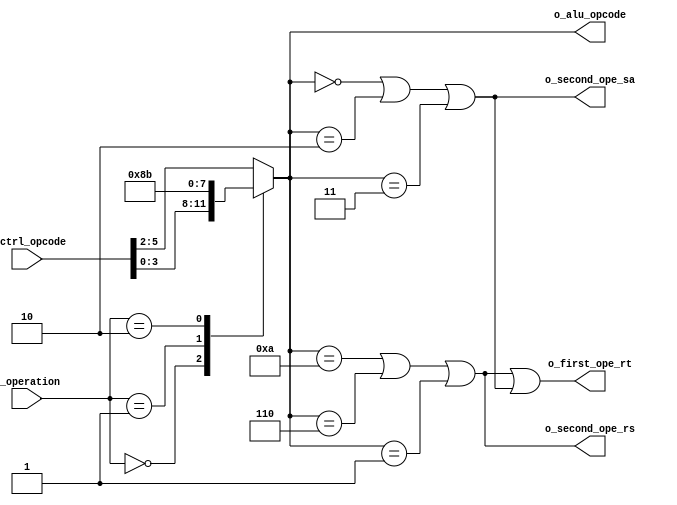
`timescale 1ns/100ps

module alu_control
#(
    parameter                                           NB_DATA                 = 32,
    parameter                                           NB_ADDR                 = $clog2(NB_DATA), 
    parameter                                           NB_CTRL_OPCODE          = 6,
    parameter                                           NB_ALU_OPCODE           = 4,
    parameter                                           NB_ALU_OP_SEL           = 2
)
(
    //Outputs
    output  wire                                        o_second_ope_sa,
    output  wire                                        o_second_ope_rs,
    output  wire                                        o_first_ope_rt,
    output  wire            [NB_ALU_OPCODE-1    : 0]    o_alu_opcode,

    //Inputs
    input   wire            [NB_CTRL_OPCODE-1   : 0]    i_ctrl_opcode,
    input   wire            [NB_ALU_OP_SEL-1    : 0]    i_operation
);

    /*                                              Localparameters                                                 */
    localparam                                          CTRL_SLL        = 6'b000000;
    localparam                                          CTRL_SRL        = 6'b000010;   
    localparam                                          CTRL_SRA        = 6'b000011;
    localparam                                          CTRL_SLLV       = 6'b001010;
    localparam                                          CTRL_SRLV       = 6'b000110;
    localparam                                          CTRL_SRAV       = 6'b000001;
    localparam                                          CTRL_ADD        = 6'b111000;
    localparam                                          CTRL_SUB        = 6'b001011;
    localparam                                          CTRL_AND        = 6'b111100;
    localparam                                          CTRL_OR         = 6'b111101;
    localparam                                          CTRL_NOR        = 6'b100111;
    localparam                                          CTRL_SLT        = 6'b111001; 
    localparam                                          CTRL_JR         = 6'b001000;
    localparam                                          CTRL_LUI        = 6'b111111;
    localparam                                          CTRL_XOR        = 6'b111110;

    localparam                                          ALU_SLL         = 4'b0000;
    localparam                                          ALU_SRL         = 4'b0010;
    localparam                                          ALU_SRA         = 4'b0011;
    localparam                                          ALU_SLLV        = 4'b1010;
    localparam                                          ALU_SRLV        = 4'b0110;
    localparam                                          ALU_SRAV        = 4'b0001;
    localparam                                          ALU_ADD         = 4'b1000;
    localparam                                          ALU_SUB         = 4'b1011;
    localparam                                          ALU_AND         = 4'b1100;
    localparam                                          ALU_OR          = 4'b1101;
    localparam                                          ALU_NOR         = 4'b0111;
    localparam                                          ALU_SLT         = 4'b1001;
    localparam                                          ALU_LUI         = 4'b1111;
    localparam                                          ALU_XOR         = 4'b1110;
    
    
    localparam                                          RS_POS          = NB_DATA-1-NB_CTRL_OPCODE;
    localparam                                          SA_POS          = NB_DATA-1-NB_CTRL_OPCODE-3*NB_ADDR;
    localparam                                          OPCODE_POS      = NB_DATA-1-NB_CTRL_OPCODE-4*NB_ADDR;

    /*                                              Internal Signals                                                */
    wire                                                use_rf_sa_second;
    wire                                                use_rf_rs_second;
    wire                                                use_rf_rt_first;
    reg                     [NB_ALU_OPCODE-1    : 0]    alu_opcode;
    


    /*                                              Alu control algorithm begins                                    */                                           
    assign                                              use_rf_sa_second        = ((alu_opcode == ALU_SLL) || (alu_opcode == ALU_SRL) || (alu_opcode == ALU_SRA));
    assign                                              use_rf_rs_second        = ((alu_opcode == ALU_SLLV) || (alu_opcode == ALU_SRLV) || (alu_opcode == ALU_SRAV));
    assign                                              use_rf_rt_first         = (use_rf_rs_second || use_rf_sa_second);

    always @ *
    begin
        case(i_operation)
            2'b00: //RTYPE_INMEDIATE_INSTRUCTION_CASE
            begin
                alu_opcode = i_ctrl_opcode [NB_ALU_OPCODE-1 -: NB_ALU_OPCODE];
            end

            2'b01: // LOAD_STORE_INSTRUCTION_CASE
            begin
                alu_opcode = ALU_ADD;
            end
            
            2'b10: // BRANCH_INSTRUCTION_CASE
            begin
                alu_opcode = ALU_SUB;
            end

            default: //DEFAULT_CASE
            begin
                alu_opcode = i_ctrl_opcode [NB_CTRL_OPCODE-1 -: NB_ALU_OPCODE];
            end
        endcase
    end

    //Alu instantiation


    //Module outputs
    assign      o_alu_opcode    = alu_opcode;
    assign      o_second_ope_sa = use_rf_sa_second;
    assign      o_second_ope_rs = use_rf_rs_second;
    assign      o_first_ope_rt  = use_rf_rt_first;

endmodule